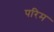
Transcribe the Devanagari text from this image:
परिम